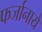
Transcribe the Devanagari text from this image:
फर्जानाये